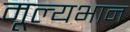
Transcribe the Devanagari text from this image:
मूल्यभान